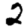
Digit: 2